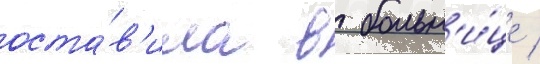
оста́в'ила в больн'и́це /